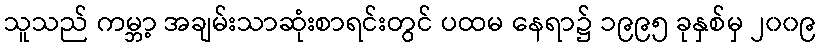
သူသည် ကမ္ဘာ့ အချမ်းသာဆုံးစာရင်းတွင် ပထမ နေရာ၌ ၁၉၉၅ ခုနှစ်မှ ၂၀၀၉